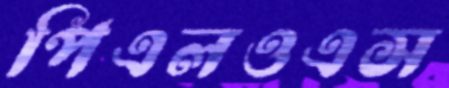
পিএলওএস